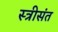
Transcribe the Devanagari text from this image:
स्त्रीसंत